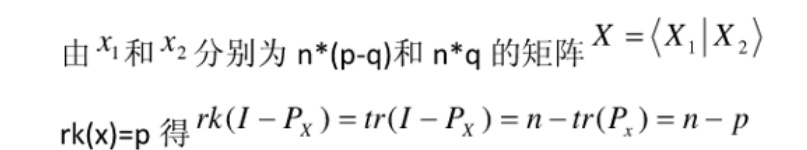
由$x_1$和$x_2$分别为$n\times(p - q)$和$n\times q$的矩阵$X = \langle X_1|X_2\rangle$

$\text{rk}(x)=p$得$rk(I - P_X)=tr(I - P_X)=n - tr(P_x)=n - p$